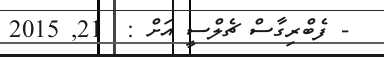
- ފެބްރިގާސް ޗެލްސީ އަށް :  21